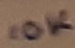
Text: 10K